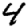
Digit: 4